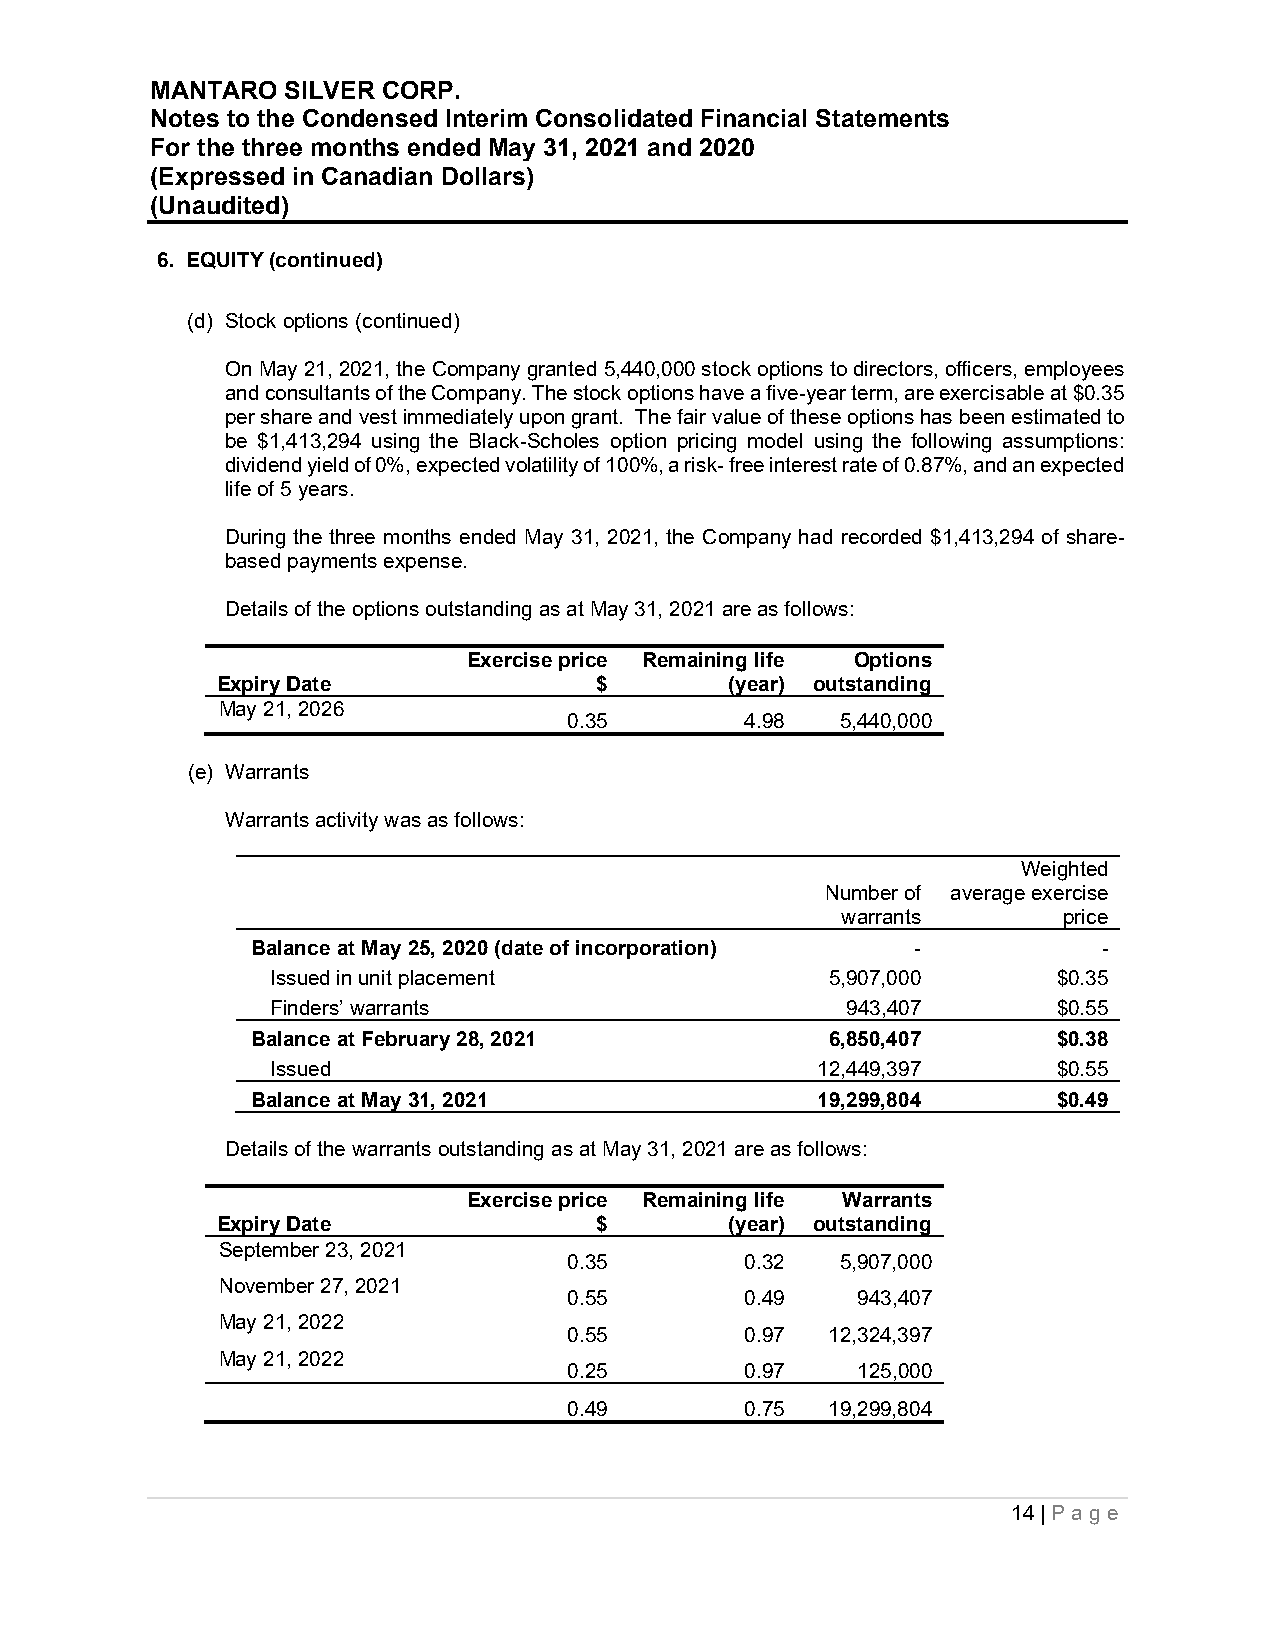
MANTARO  SILVER CORP.
 Notes to the Condensed Interim Consolidated Financial Statements
 For the three months ended May 31, 2021 and 2020
 (Expressed in Canadian Dollars)
 (Unaudited)
 6. EQUITY (continued)
 (d) Stock options (continued)
 On May 21, 2021, the Company granted 5,440,000 stock options to directors, officers, employees
 and consultants of the Company. The stock options have a five-year term, are exercisable at $0.35
 per share and vest immediately upon grant. The fair value of these options has been estimated to
 be $1,413,294 using the Black-Scholes option pricing model using the following assumptions:
 dividend yield of 0%, expected volatility of 100%, a risk- free interest rate of 0.87%, and an expected
 life of 5 years.
 During the three months ended May 31, 2021, the Company had recorded $1,413,294 of share-
 based payments expense.
 Details of the options outstanding as at May 31, 2021 are as follows:
 Exercise price Remaining life Options
 Expiry Date              $        (year) outstanding
 May 21, 2026
 0.35       4.98   5,440,000
 (e) Warrants
 Warrants activity was as follows:
 Weighted
 Number of average exercise
 warrants      price
 Balance at May 25, 2020 (date of incorporation) -       -
 Issued in unit placement             5,907,000      $0.35
 Finders’ warrants                     943,407       $0.55
 Balance at February 28, 2021          6,850,407      $0.38
 Issued                              12,449,397      $0.55
 Balance at May 31, 2021              19,299,804      $0.49
 Details of the warrants outstanding as at May 31, 2021 are as follows:
 Exercise price Remaining life Warrants
 Expiry Date              $        (year) outstanding
 September 23, 2021
 0.35       0.32   5,907,000
 November 27, 2021
 0.55       0.49    943,407
 May 21, 2022
 0.55       0.97  12,324,397
 May 21, 2022
 0.25       0.97    125,000
 0.49       0.75  19,299,804
 14 | P age